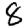
Digit: 8